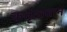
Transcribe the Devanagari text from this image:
कर्तृत्‍ववान